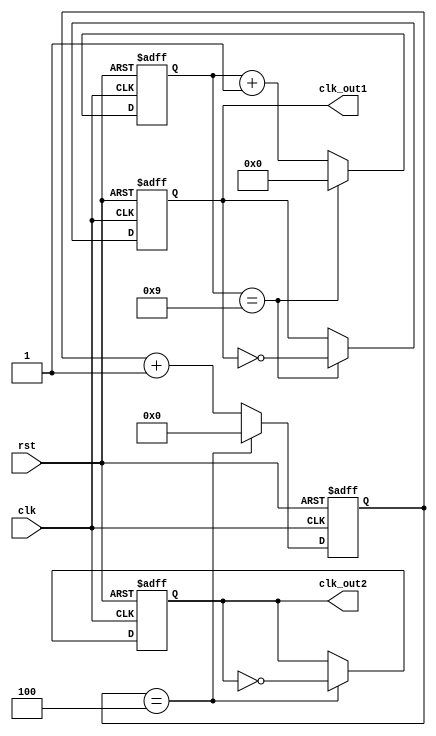
module Multirate_timer (
  input wire clk,
  input wire rst,
  output reg clk_out1,
  output reg clk_out2,
  // Add more clock outputs as needed

  // Add other module inputs and outputs as needed
);

// Define parameters for clock frequencies and prescaler values
parameter CLK_FREQ1 = 50_000_000; // 50 MHz
parameter PRESCALER1 = 10; // Prescaler value for clk_out1
parameter CLK_FREQ2 = 10_000_000; // 10 MHz
parameter PRESCALER2 = 5; // Prescaler value for clk_out2
// Add parameters for additional clock frequencies and prescaler values

reg [PRESCALER1-1:0] counter1;
reg [PRESCALER2-1:0] counter2;
// Add more counters as needed

always @(posedge clk or posedge rst) begin
  if (rst) begin
    counter1 <= 0;
    counter2 <= 0;
    // Reset additional counters as needed
  end else begin
    // Increment counters
    if (counter1 == PRESCALER1-1) begin
      counter1 <= 0;
    end else begin
      counter1 <= counter1 + 1;
    end

    if (counter2 == PRESCALER2-1) begin
      counter2 <= 0;
    end else begin
      counter2 <= counter2 + 1;
    end
    // Increment additional counters as needed
  end
end

// Generate clock signals
always @(posedge clk or posedge rst) begin
  if (rst) begin
    clk_out1 <= 0;
    clk_out2 <= 0;
    // Set additional clk_out signals to 0
  end else begin
    if (counter1 == PRESCALER1-1) begin
      clk_out1 <= ~clk_out1;
    end

    if (counter2 == PRESCALER2-1) begin
      clk_out2 <= ~clk_out2;
    end
    // Toggle additional clk_out signals as needed
  end
end

endmodule